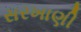
સરખાણી